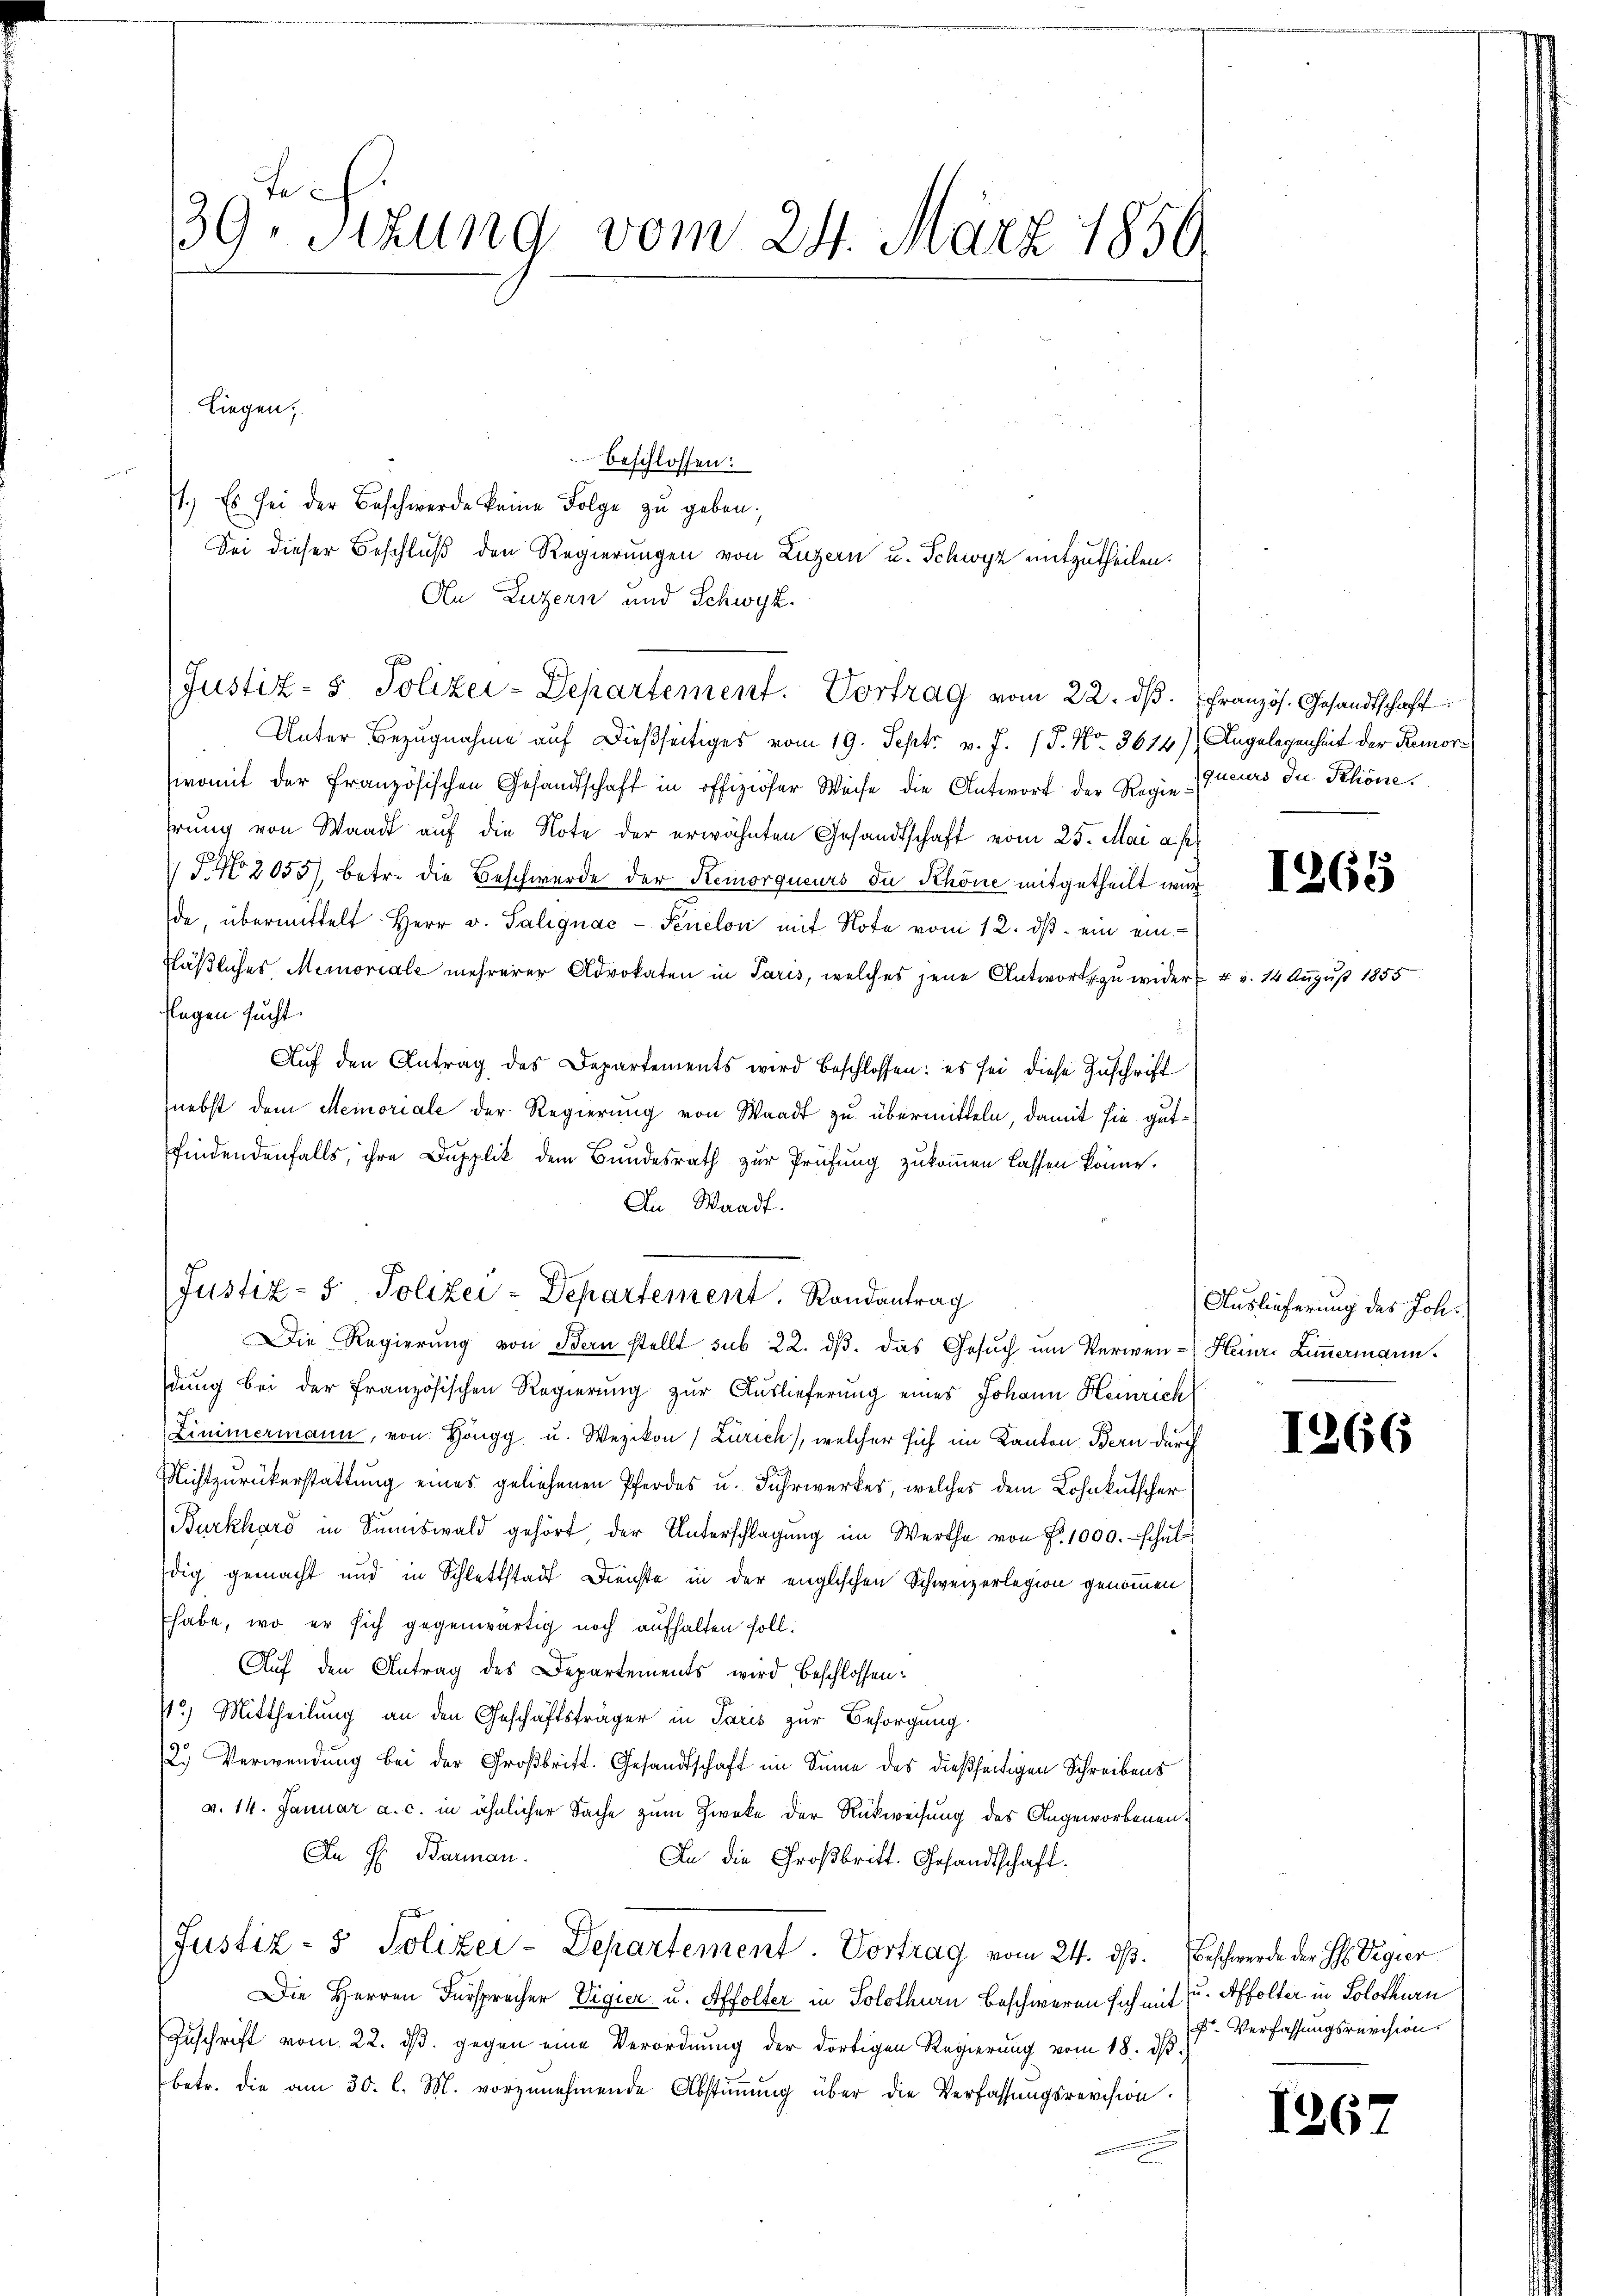
39te Sitzung vom 24. März 1850.
Liegen;
beschlossen:

Justiz- & Polizei-Departement. Randantrag

1.) Es sei der Beschwerde keine Folge zu geben;
An Luzern und Schwyz.
Justiz- & Polizei-Departement. Vortrag vom 22. dβ.
Unter Bezugnahme auf dießseitiges vom 19. Sept. v. J. 17. No. 3614),
womit der französischen Gesandtschaft in offiziöser Weise die Antwort der Regiehrung von Waadt auf die Note der erwähnten Gesandtschaft vom 25. Mai a. p.
F. No 2055), betr. die Beschwerde der Remorqueurs du Schöne mitgetheilt wur
de, übermittelt Herr v. Palignac-Penelon mit Note vom 12. ds. ein einfläßliches Memoriale mehrerer Advokaten in Paris, welches jene Antworts zu wider
flagen sucht.
Auf den Antrag des Departements wird beschlossen: es sei diese Zuschrift
nebst dem Memoriale der Regierung von Waadt zu übermitteln, damit sie gutfindendenfalls, ihre Dupplik dem Bundesrath zur Prüfung zukommen lassen könne.
In Waadt.
Die Regierung von Bern stellt sub 22. dβ. das Gesuch um Verwendung bei der französischen Regierŭng zŭr Aŭslieferung eines Johann Heinrich
Zimmermann, von Höngg u. Wezikon (Zürich), welcher sich im Kanton Bern durch
Nichtzurückerstattung eines geliehenen Pferdes u. Fuhrwerkes, welches dem Lohnkutscher
Burkhard in Sumiswald gehört, der Unterschlagung im Werthe von P. 1000.- schuldig gemacht und in Schlettstadt Dienste in der englischen Schweizerlegion genommen
habe, wo er sich gegenwärtig noch aufhalten soll.
Auf den Antrag des Departements wird beschlossen¬
72) Mittheilung an den Geschäftsträger in Paris zur Besorgung.
2. Verwendung bei der Großbritt. Gesandtschaft im Sinne des dießseitigen Schreibens
v. 14. Januar a. c. in ähnlicher Sache zum Zwecke der Rückweisung des Angeworbenen¬
An H. Barman.
An die Großbritt. Gesandtschaft.
Justiz- & Polizei-Departement. Vortrag vom 24. ds. Beschwerde der H. Vigier
Die Herren Fürsprecher Vigier u. Affolter in Solothurn beschweren sich mit u. Affolter in Solothurn
Zuschrift vom 22. d. gegen eine Verordnung der dortigen Regierung vom 18. dβ.
betr. die am 30. l. M. vorzunehmende Abstimmung über die Verfassungsrevision.

Sei dieser Beschluß den Regierungen von Luzern u. Schwyz mitzutheilen.

Französ. Gesandtschaft
Angelegenheit der Remorqueurs du Schöne.

1265

4 v. 14 August 1855

Auslieferung des Joh.
Heinre Zimmermann.

1266

F. Verfassungsrevision.

1367